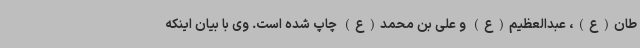
طان(ع)، عبدالعظیم(ع) و علی بن محمد(ع) چاپ شده است. وی با بیان اینکه